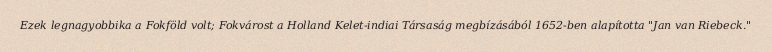
Ezek legnagyobbika a Fokföld volt; Fokvárost a Holland Kelet-indiai Társaság megbízásából 1652-ben alapította "Jan van Riebeck."